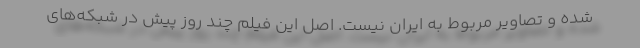
شده و تصاویر مربوط به ایران نیست. اصل این فیلم چند روز پیش در شبکه‌های